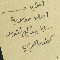
المقر بما فيه اصالة وولاية سابا جبرائيل نقولا كفور العربي